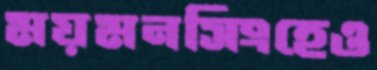
ময়মনসিংহেও